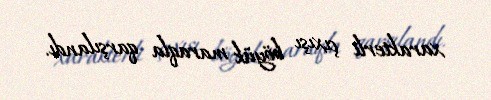
xarakterli çıxışı böyük maraqla qarşılandı.